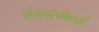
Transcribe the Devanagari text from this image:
चेतासंस्थेमध्यी